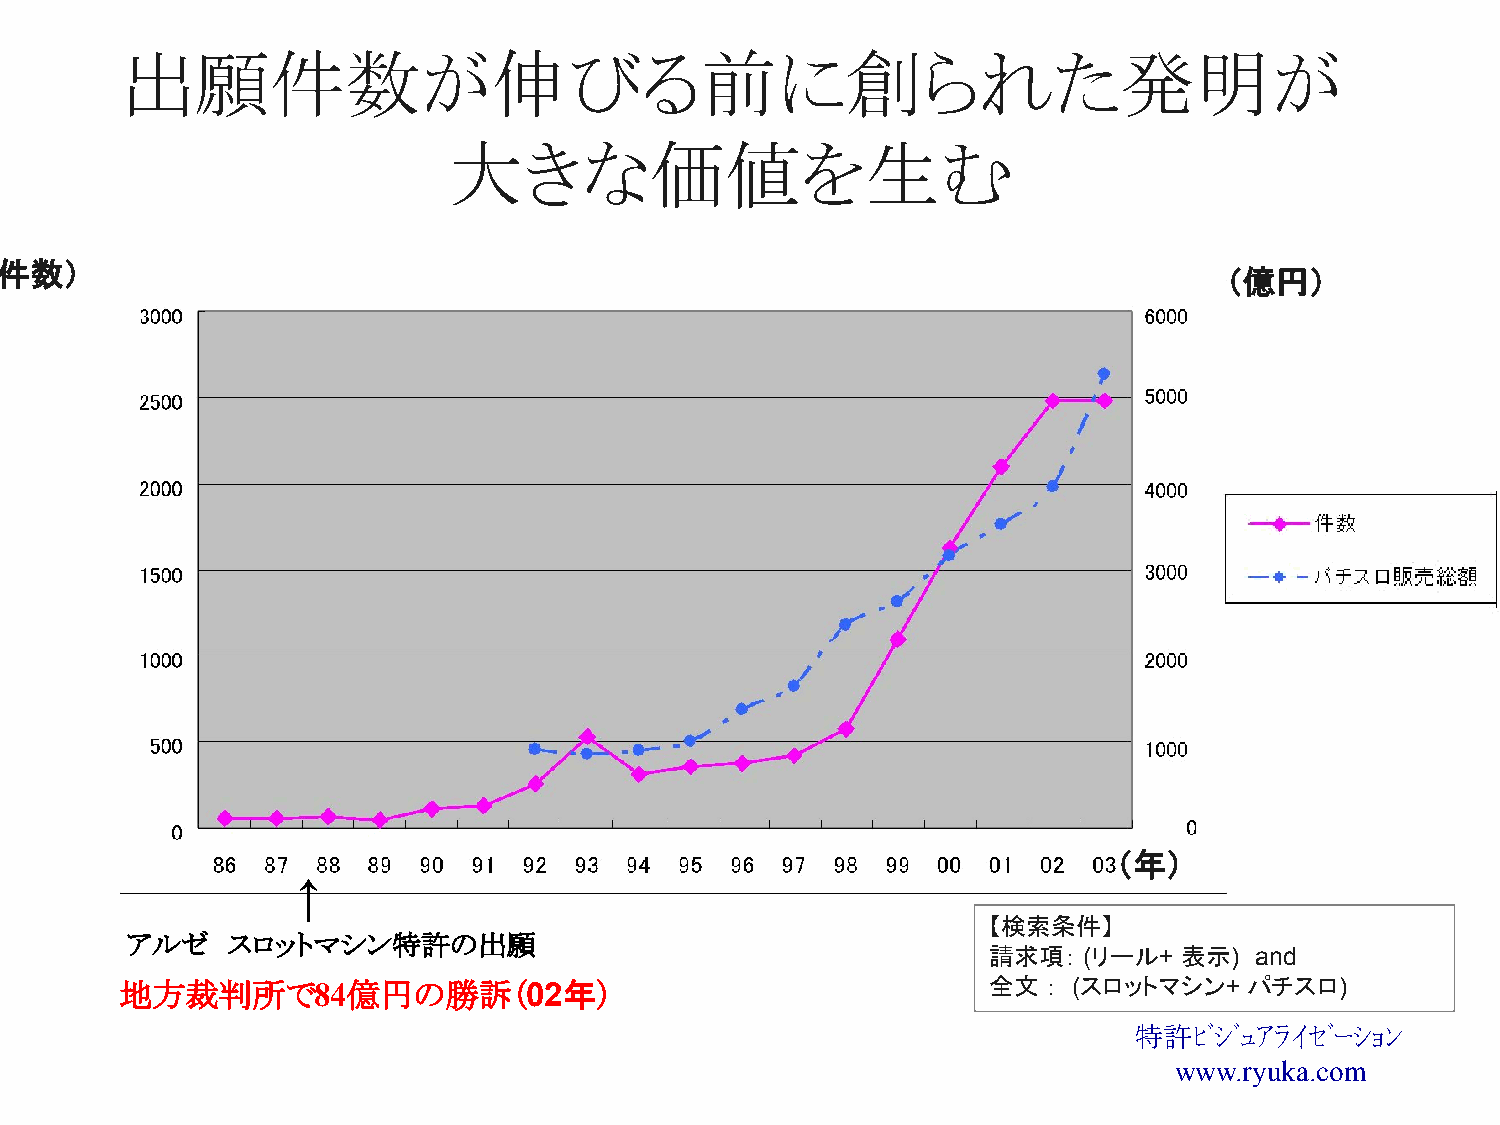
出願件数が伸びる前に創られた発明が
 大きな価値を生む
 （件数）
 （億円）
 （年）
 ↑
 【検索条件】
 アルゼ    スロットマシン特許の出願
 請求項：   (リール+ 表示)  and
 地方裁判所で84億円の勝訴（02年）                                       全文  ： (スロットマシン+   パチスロ)
 特許ﾋﾞｼﾞｭｱﾗｲｾﾞｰｼｮﾝ
 www.ryuka.com